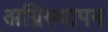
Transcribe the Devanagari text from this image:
अग्निस्थापन